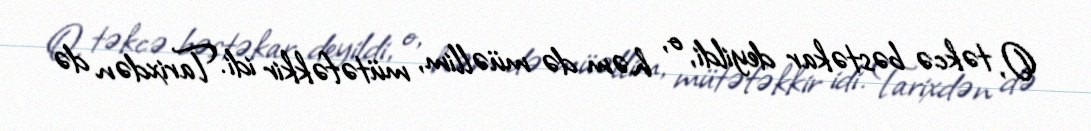
O, təkcə bəstəkar deyildi, o, həm də müəllim, mütəfəkkir idi. Tarixdən də